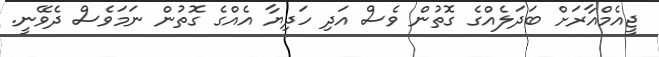
ޖީއެމްއާރަށް ބަދަލެއްގެ ގޮތުން ވެސް އަދި ހަދިޔާ އެއްގެ ގޮތުން ނަމަވެސް ދެވޭނީ.